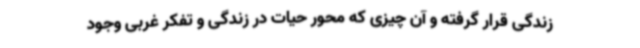
زندگی قرار گرفته و آن چیزی که محور حیات در زندگی و تفکر غربی وجود